Indian journal of veterinary science and animal husbandry - Volumes 24-25, 1954-1955
Year: 1954
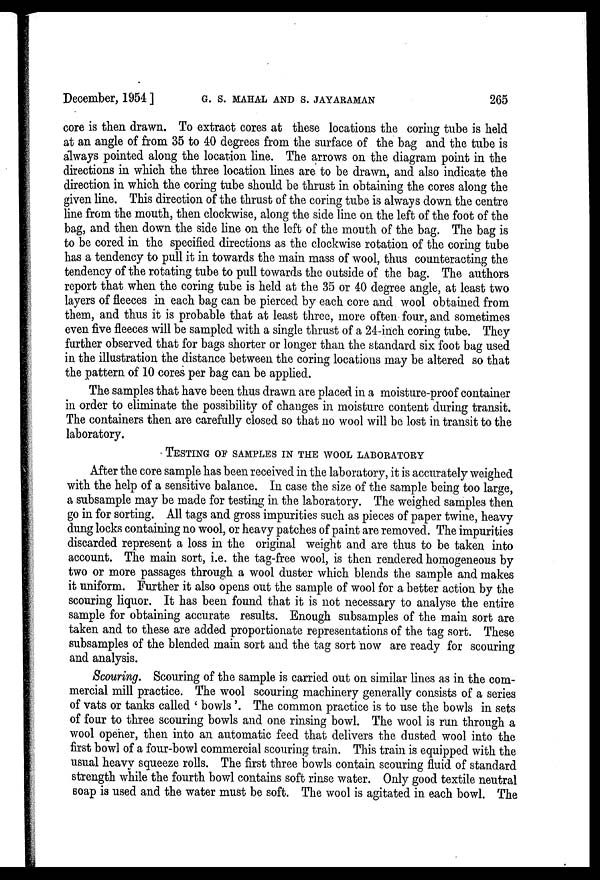
December, 1954 ] G. S. MAHAL AND S. JAYARAMAN 265
core is then drawn. To extract cores at these locations the coring tube is held
at an angle of from 35 to 40 degrees from the surface of the bag and the tube is
always pointed along the location line. The arrows on the diagram point in the
directions in which the three location lines are to be drawn, and also indicate the
direction in which the coring tube should be thrust in obtaining the cores along the
given line. This direction of the thrust of the coring tube is always down the centre
line from the mouth, then clockwise, along the side line on the left of the foot of the
bag, and then down the side line on the left of the mouth of the bag. The bag is
to be cored in the specified directions as the clockwise rotation of the coring tube
has a tendency to pull it in towards the main mass of wool, thus counteracting the
tendency of the rotating tube to pull towards the outside of the bag. The authors
report that when the coring tube is held at the 35 or 40 degree angle, at least two
layers of fleeces in each bag can be pierced by each core and wool obtained from
them, and thus it is probable that at least three, more often four, and sometimes
even five fleeces will be sampled with a single thrust of a 24-inch coring tube. They
further observed that for bags shorter or longer than the standard six foot bag used
in the illustration the distance between the coring locations may be altered so that
the pattern of 10 cores per bag can be applied.
The samples that have been thus drawn are placed in a moisture-proof container
in order to eliminate the possibility of changes in moisture content during transit.
The containers then are carefully closed so that no wool will be lost in transit to the
laboratory.
TESTING OF SAMPLES IN THE WOOL LABORATORY
After the core sample has been received in the laboratory, it is accurately weighed
with the help of a sensitive balance. In case the size of the sample being too large,
a subsample may be made for testing in the laboratory. The weighed samples then
go in for sorting. All tags and gross impurities such as pieces of paper twine, heavy
dung locks containing no wool, or heavy patches of paint are removed. The impurities
discarded represent a loss in the original weight and are thus to be taken into
account. The main sort, i.e. the tag-free wool, is then rendered homogeneous by
two or more passages through a wool duster which blends the sample and makes
it uniform. Further it also opens out the sample of wool for a better action by the
scouring liquor. It has been found that it is not necessary to analyse the entire
sample for obtaining accurate results. Enough subsamples of the main sort are
taken and to these are added proportionate representations of the tag sort. These
subsamples of the blended main sort and the tag sort now are ready for scouring
and analysis.
Scouring. Scouring of the sample is carried out on similar lines as in the com-
mercial mill practice. The wool scouring machinery generally consists of a series
of vats or tanks called ' bowls '. The common practice is to use the bowls in sets
of four to three scouring bowls and one rinsing bowl. The wool is run through a
wool opener, then into an automatic feed that delivers the dusted wool into the
first bowl of a four-bowl commercial scouring train. This train is equipped with the
usual heavy squeeze rolls. The first three bowls contain scouring fluid of standard
strength while the fourth bowl contains soft rinse water. Only good textile neutral
soap is used and the water must be soft. The wool is agitated in each bowl. The